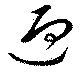
迎